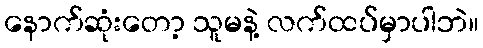
နောက်ဆုံးတော့ သူမနဲ့ လက်ထပ်မှာပါဘဲ။